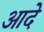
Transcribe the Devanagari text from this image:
आदे